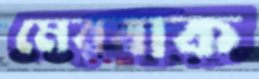
মেরবাক